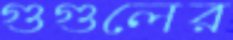
গুগুলের